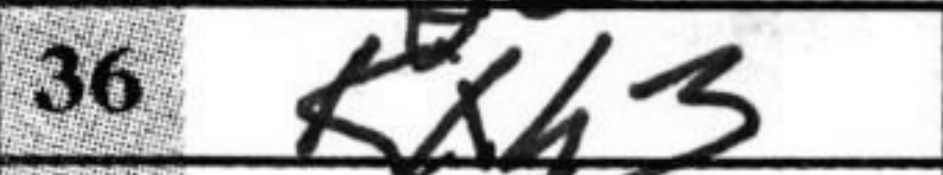
Transcription: Kxh3